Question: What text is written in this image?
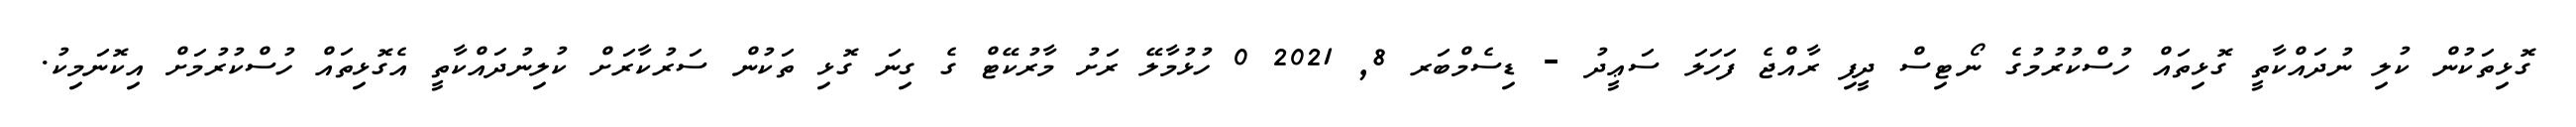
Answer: ގޮޅިތަކުން ކުލި ނުދައްކާތީ ގޮޅިތައް ހުސްކުރުމުގެ ނޯޓިސް ދީފި ރާއްޖެ ފަހަލަ ސަޢީދު - ޑިސެމްބަރ 8, 2021 0 ހުޅުމާލޭ ރަށު މާރުކޭޓް ގެ ގިނަ ގޮޅި ތަކުން ސަރުކާރަށް ކުލިނުދައްކާތީ އެގޮޅިތައް ހުސްކުރުމަށް އިކޮނަމިކު.